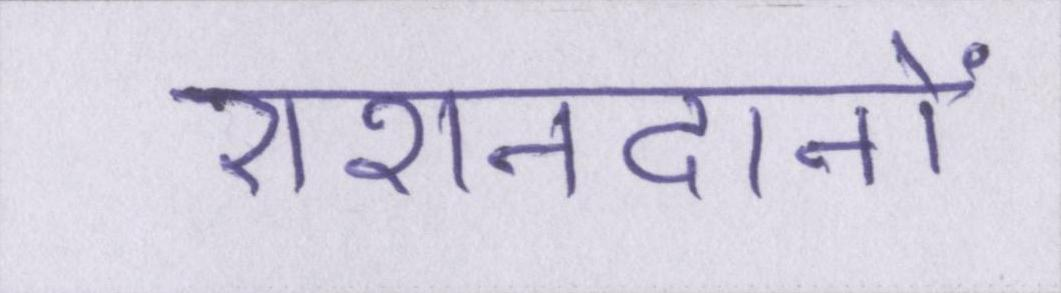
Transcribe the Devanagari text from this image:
रोशनदानों